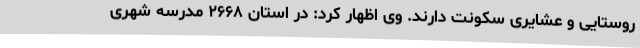
روستایی و عشایری سکونت دارند. وی اظهار کرد: در استان ۲۶۶۸ مدرسه شهری